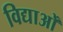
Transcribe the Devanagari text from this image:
विद्याओँ